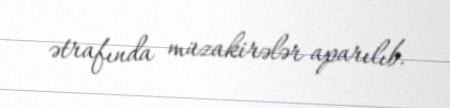
ətrafında müzakirələr aparılıb.